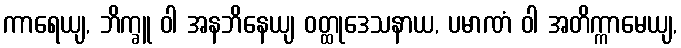
ကာရေယျ, ဘိက္ခူ ဝါ အနဘိနေယျ ဝတ္ထုဒေသနာယ, ပမာဏံ ဝါ အတိက္ကာမေယျ,